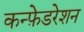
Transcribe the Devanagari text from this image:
कन्फ़ेडरेशन